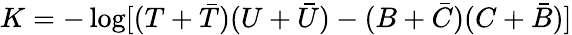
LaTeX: K=-\log[(T+{\bar{T}})(U+{\bar{U}})-(B+{\bar{C}})(C+{\bar{B}})]